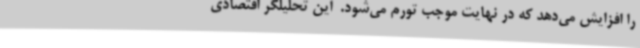
را افزایش می‌دهد که در نهایت موجب تورم می‌شود. ‌ این تحلیلگر اقتصادی